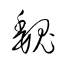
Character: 巍